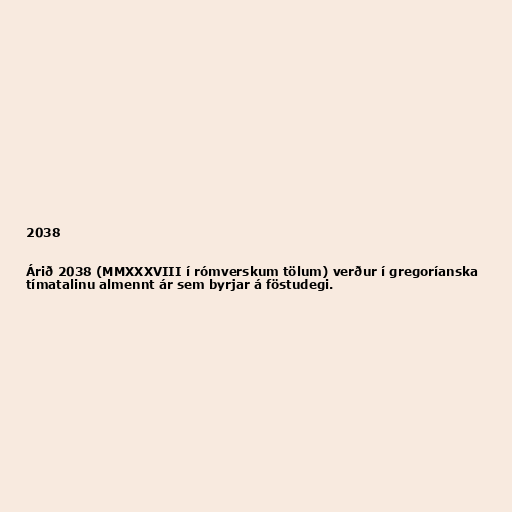
2038

Árið 2038 (MMXXXVIII í rómverskum tölum) verður í gregoríanska
tímatalinu almennt ár sem byrjar á föstudegi.